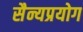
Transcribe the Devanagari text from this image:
सैन्यप्रयोग